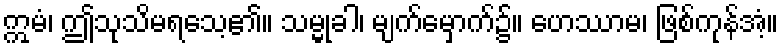
ဣမံ၊ ဤသုသိမရသေ့၏။ သမ္မုခါ၊ မျက်မှောက်၌။ ဟေဿာမ၊ ဖြစ်ကုန်အံ့။